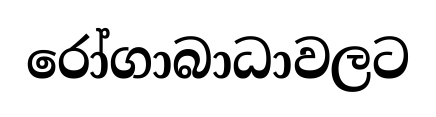
රෝගාබාධාවලට